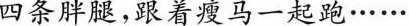
四条胖腿，跟着瘦马一起跑…...